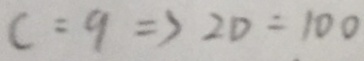
C = 9 \Rightarrow 2 D = 1 0 0